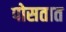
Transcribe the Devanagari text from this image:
पोसतात